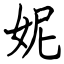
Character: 妮